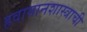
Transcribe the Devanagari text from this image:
हवामानशास्त्राची